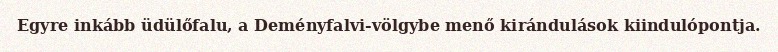
Egyre inkább üdülőfalu, a Deményfalvi-völgybe menő kirándulások kiindulópontja.